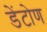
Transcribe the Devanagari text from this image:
डेंटोण